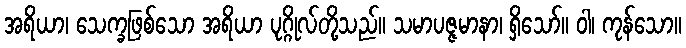
အရိယာ၊ သေက္ခဖြစ်သော အရိယာ ပုဂ္ဂိုလ်တို့သည်။ သမာပဇ္ဇမာနာ၊ ရှိသော်။ ဝါ၊ ကုန်သော။